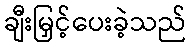
ချီးမြှင့်ပေးခဲ့သည်